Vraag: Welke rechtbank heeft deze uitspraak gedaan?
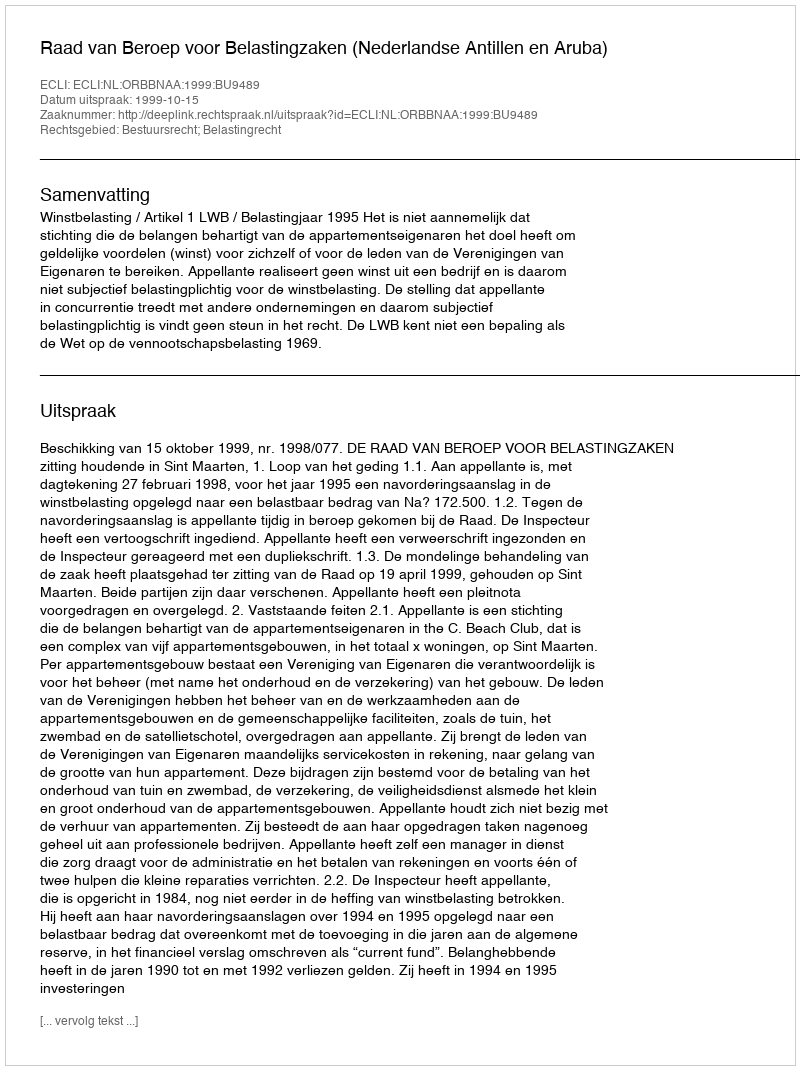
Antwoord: Raad van Beroep voor Belastingzaken (Nederlandse Antillen en Aruba)